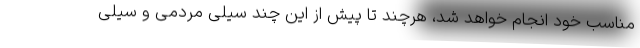
مناسب خود انجام خواهد شد، هرچند تا پیش از این چند سیلی مردمی و سیلی